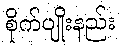
စိုက်ပျိုးနည်း